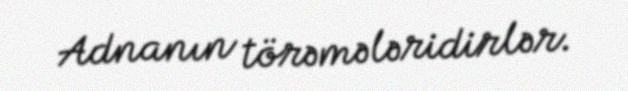
Adnanın törəmələridirlər.